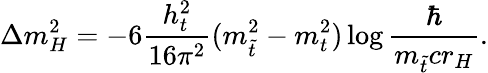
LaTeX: \Delta m_{H}^{2}=-6\frac{h_{t}^{2}}{16\pi^{2}}(m_{\tilde{t}}^{2}-m_{t}^{2})\log\frac{\hbar}{m_{\tilde{t}}cr_{H}}.